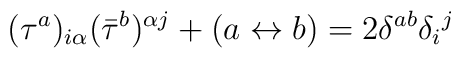
(\tau^a)_{i\alpha} (\bar{\tau}^b)^{\alpha j} + (a \leftrightarrow b)= 2 \delta^{ab} \delta_i{}^j